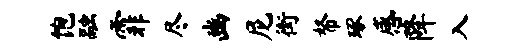
饱融霏尽豳尼街帑琢感降入